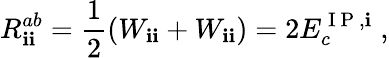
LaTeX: R_{\mathbf{i}\mathbf{i}}^{ab}=\frac{{1}}{{2}}(W_{\mathbf{i}\mathbf{i}}+W_{\mathbf{i}\mathbf{i}})=2E_{c}^{\mathrm{{~I~P~}},\mathbf{i}}\; ,